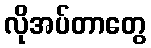
လိုအပ်တာတွေ